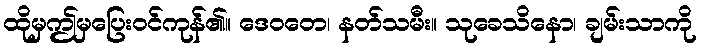
ထိုမှဤမှပြေးဝင်ကုန်၏။ ဒေဝတေ၊ နတ်သမီး။ သုခေသိနော၊ ချမ်းသာကို